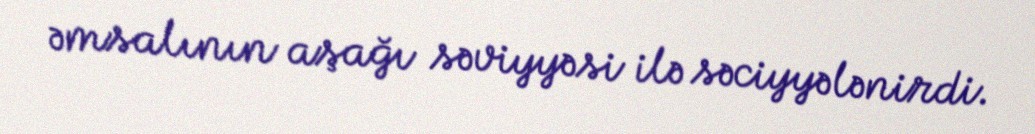
əmsalının aşağı səviyyəsi ilə səciyyələnirdi.